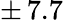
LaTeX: \pm\, 7.7